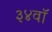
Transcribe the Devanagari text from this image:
३४वॉ